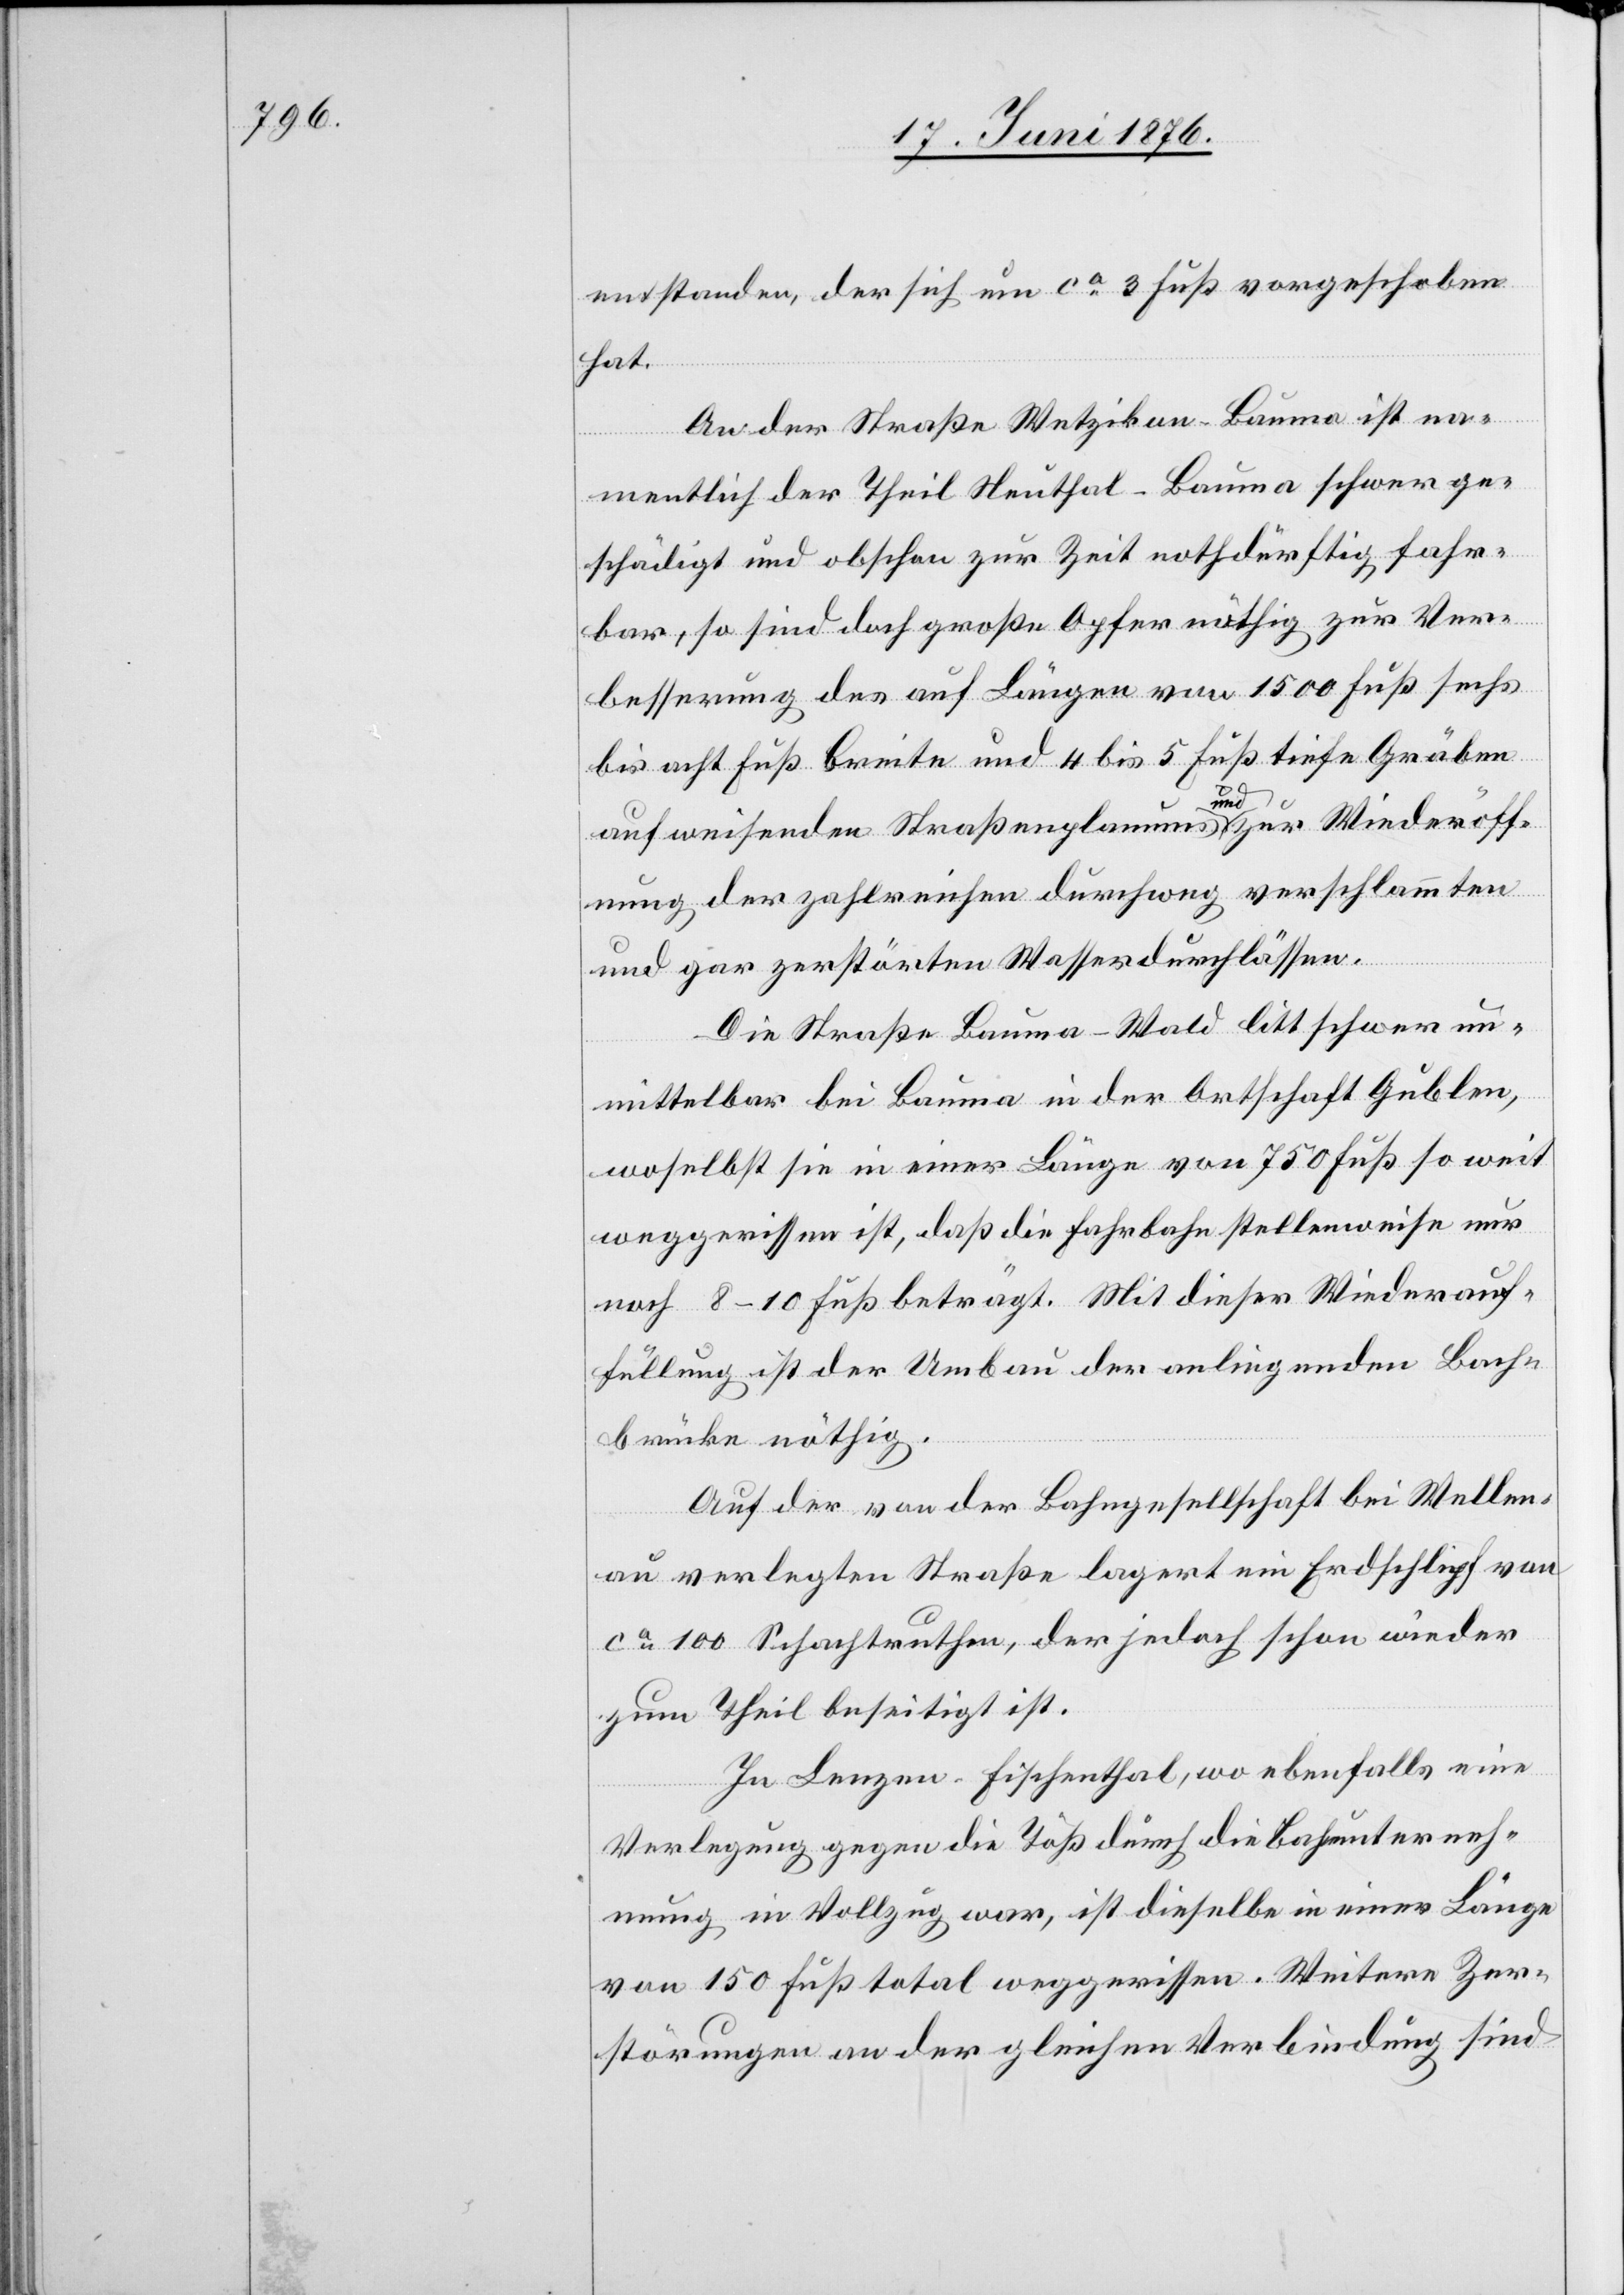
entstanden, der sich um ca 3 Fuß vorgeschoben
hat.
An der Straße Wetzikon–Bauma ist na¬
mentlich der Theil der Neuthal–Bauma schwer ge¬
schädigt und obschon zur Zeit nothdürftig fahr¬
bar, so sind doch große Opfer nöthig zur Ver¬
besserung des auf Längen von 1500 Fuß sechs
bis acht Fuß Breite und 4 bis 5 Fuß tiefe Gräben
Länge
aufweisenden Straßenplanums a-und-a zur Wiedereröff¬
nung der zahlreichen durchweg verschlammten
und gar zerstörten Wasserdurchlässen.
Die Straße Bauma–Wald litt schwer un¬
mittelbar bei Bauma in der Ortschaft Gublen,
woselbst sie in einer Länge von 750 Fuß so weit
weggerissen ist, daß die Fahrbahn stellenweise nur
noch 8–10 Fuß beträgt. Mit dieser Wiederauf¬
füllung ist der Umbau der anliegenden Bach¬
brücke nöthig.
Auf der von der Bahngesellschaft bei Wellen¬
au verlegten Straße lagert ein Erdschlipf von
ca 100 Schachtruthen, der jedoch schon wieder
zum Theil beseitigt ist.
In Lenzen - Fischenthal, wo ebenfalls eine
Verlegung gegen die Töß durch die Bahnunterneh¬
mung in Vollzug war, ist dieselbe in einer Länger
von 150 Fuß total weggerissen. Weitere Zer¬
störungen an der gleichen Verbindung sind